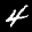
Label: 4